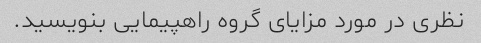
نظری در مورد مزایای گروه راهپیمایی بنویسید.